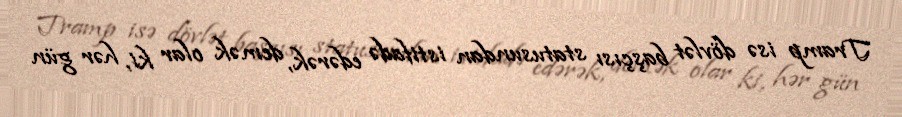
Tramp isə dövlət başçısı statusundan istifadə edərək, demək olar ki, hər gün